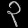
Digit: ၃